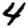
Digit: 4